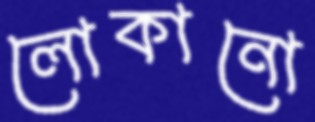
লোকানো